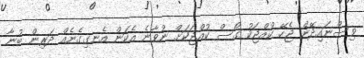
ވިސްނައިދޭން ޖެހޭ ކުއްޖަކު ގޯސް ކުއްޖަކަށް ނުވާނެ އެކަން އެނގިގެނެއް ދަރިން ބުނާ